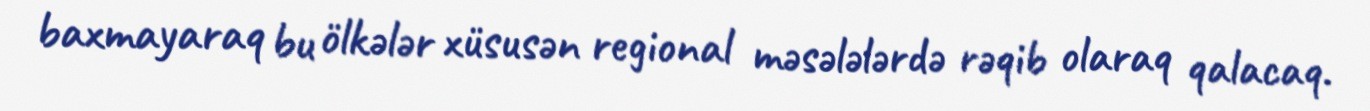
baxmayaraq bu ölkələr xüsusən regional məsələlərdə rəqib olaraq qalacaq.